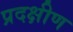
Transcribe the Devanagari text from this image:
प्रदक्षीण